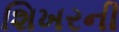
શિખરની